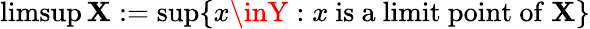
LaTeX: \operatorname*{limsup}\mathbf{X}:=\operatorname*{sup}\{ x\inY:x{\mathrm{{~is~a~limit~point~of~}}}\mathbf{X}\}